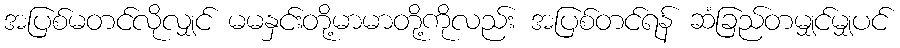
အပြစ်မတင်လိုလျှင် မမနှင်းတို့မာမာတို့ကိုလည်း အပြစ်တင်ရန် ဆံခြည်တမျှင်မျှပင်